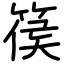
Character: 篌